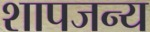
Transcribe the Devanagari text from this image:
शापजन्य